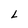
Character: L